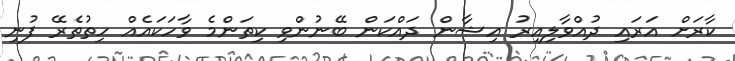
ކާރަށް އަރައި ދުއްވާލިއިރު އިޝާން ދައްކަން ބޭނުންވި ކިތަންމެ ވާހަކައެއް ހިތުތެރޭ ފުނި